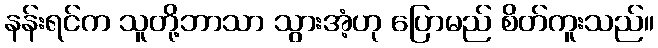
နန်းရင်က သူတို့ဘာသာ သွားအံ့ဟု ပြောမည် စိတ်ကူးသည်။